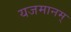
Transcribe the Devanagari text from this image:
यजमानम्‌